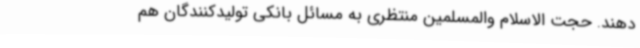
دهند. حجت الاسلام والمسلمین منتظری به مسائل بانکی تولیدکنندگان هم